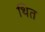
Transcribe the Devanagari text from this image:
थित